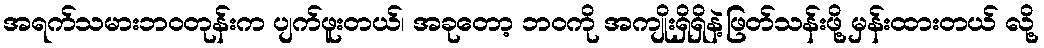
အရက်သမားဘဝတုန်းက ပျက်ဖူးတယ်၊ အခုတော့ ဘ၀ကို အကျိုးရှိရှိနဲ့ဖြတ်သန်းဖို့ မှန်းထားတယ် လို့